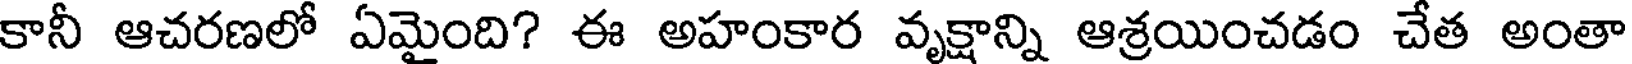
కానీ ఆచరణలో ఏమైంది? ఈ అహంకార వృక్షాన్ని ఆశ్రయించడం చేత అంతా